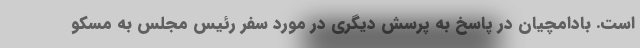
است. بادامچیان در پاسخ به پرسش دیگری در مورد سفر رئیس مجلس به مسکو